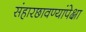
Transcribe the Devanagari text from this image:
संहारछावण्यांपेक्षा